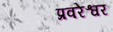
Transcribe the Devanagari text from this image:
प्रवरेश्वर